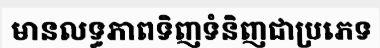
មានលទ្ធភាពទិញទំនិញជាប្រភេទ